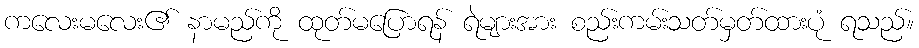
ကလေးမလေး၏ နာမည်ကို ထုတ်မပြောရန် ရဲများအား စည်းကမ်းသတ်မှတ်ထားပုံ ရသည်။